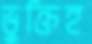
ভুক্তিহ